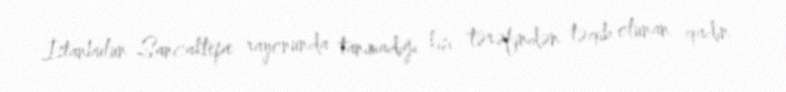
İstanbulun Sancaktepe rayonunda tanımadığı kişi tərəfindən təqib olunan qadın